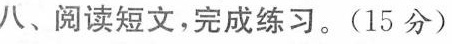
八、阅读短文，完成练习。(15分)